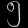
Digit: ၅